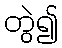
တွဲ၍